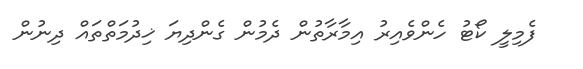
ފެމިލީ ކޯޓު ހެންވެއިރު އިމާރާތުން ދެމުން ގެންދިޔަ ޚިދުމަތްތައް ދިނުން